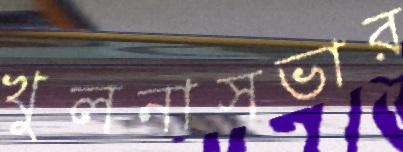
খুলনাসভার